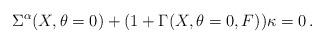
LaTeX: \begin{align*}\Sigma^\alpha (X, \theta=0) +(1+\Gamma(X, \theta=0, F) )\kappa =0\,.\end{align*}